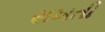
સખતી